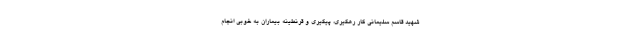
شهید قاسم سلیمانی کار رهگیری، پیگیری و قرنطینه بیماران به خوبی انجام